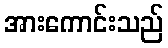
အားကောင်းသည်